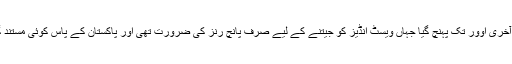
یہاں تک کہ معاملہ آخری اوور تک پہنچ گیا جہاں ویسٹ انڈیز کو جیتنے کے لیے صرف پانچ رنز کی ضرورت تھی اور پاکستان کے پاس کوئی مستند گیندباز نہیں بچا تھا۔